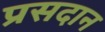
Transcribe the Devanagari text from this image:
प्रसदान